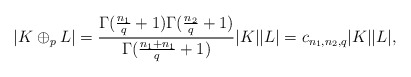
\begin{align*}|K\oplus_p L|= \frac{\Gamma(\frac{n_1}{q}+1)\Gamma(\frac{n_2}{q}+1)}{\Gamma(\frac{n_1+n_1}{q}+1)} |K||L|=c_{n_1, n_2, q}|K||L|,\end{align*}